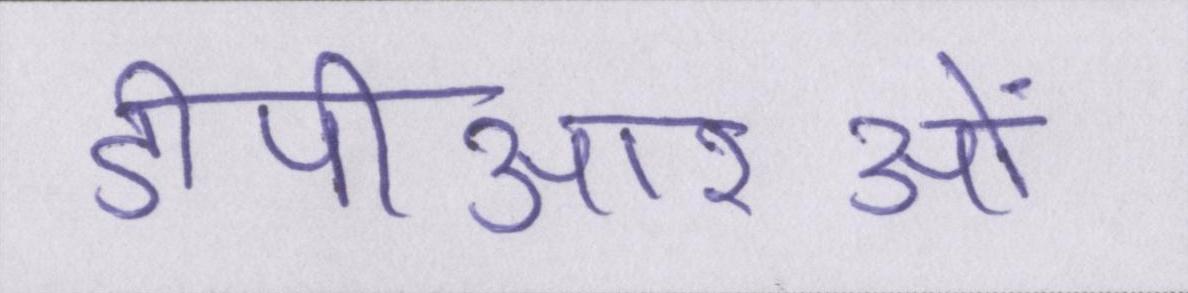
डीपीआरओं